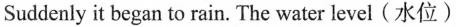
Suddenly it began to rain. The water level(水位)